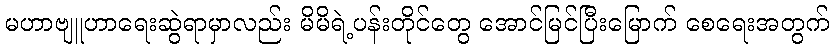
မဟာဗျူဟာရေးဆွဲရာမှာလည်း မိမိရဲ့ပန်းတိုင်တွေ အောင်မြင်ပြီးမြောက် စေရေးအတွက်